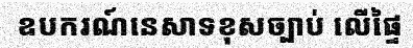
ឧបករណ៍នេសាទខុសច្បាប់ លើផ្ទៃ